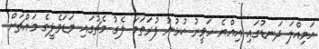
އަމިއްލަ ދަނޑުގައި އިއްޔެ ހަވީރު ކުޅުނު ފުރަތަމަ ލެގު މެޗުގައި މަޑަވެލީގެ މައްޗަށް